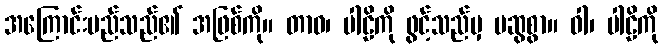
အကြောင်းမည်သည်၏ အဖြစ်ကို။ တာဝ၊ ပါဠိကို ဖွင့်သည်မှ မဆွစွာ။ ဝါ၊ ပါဠိကို